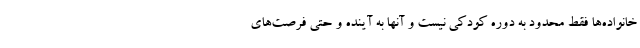
خانواده‌ها فقط محدود به دوره کودکی نیست و آنها به آینده و حتی فرصت‌های